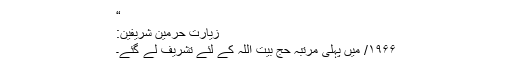
“
زیارتِ حرمین شریفین:
۱۹۶۶/ میں پہلی مرتبہ حج بیت اللہ کے لئے تشریف لے گئے۔